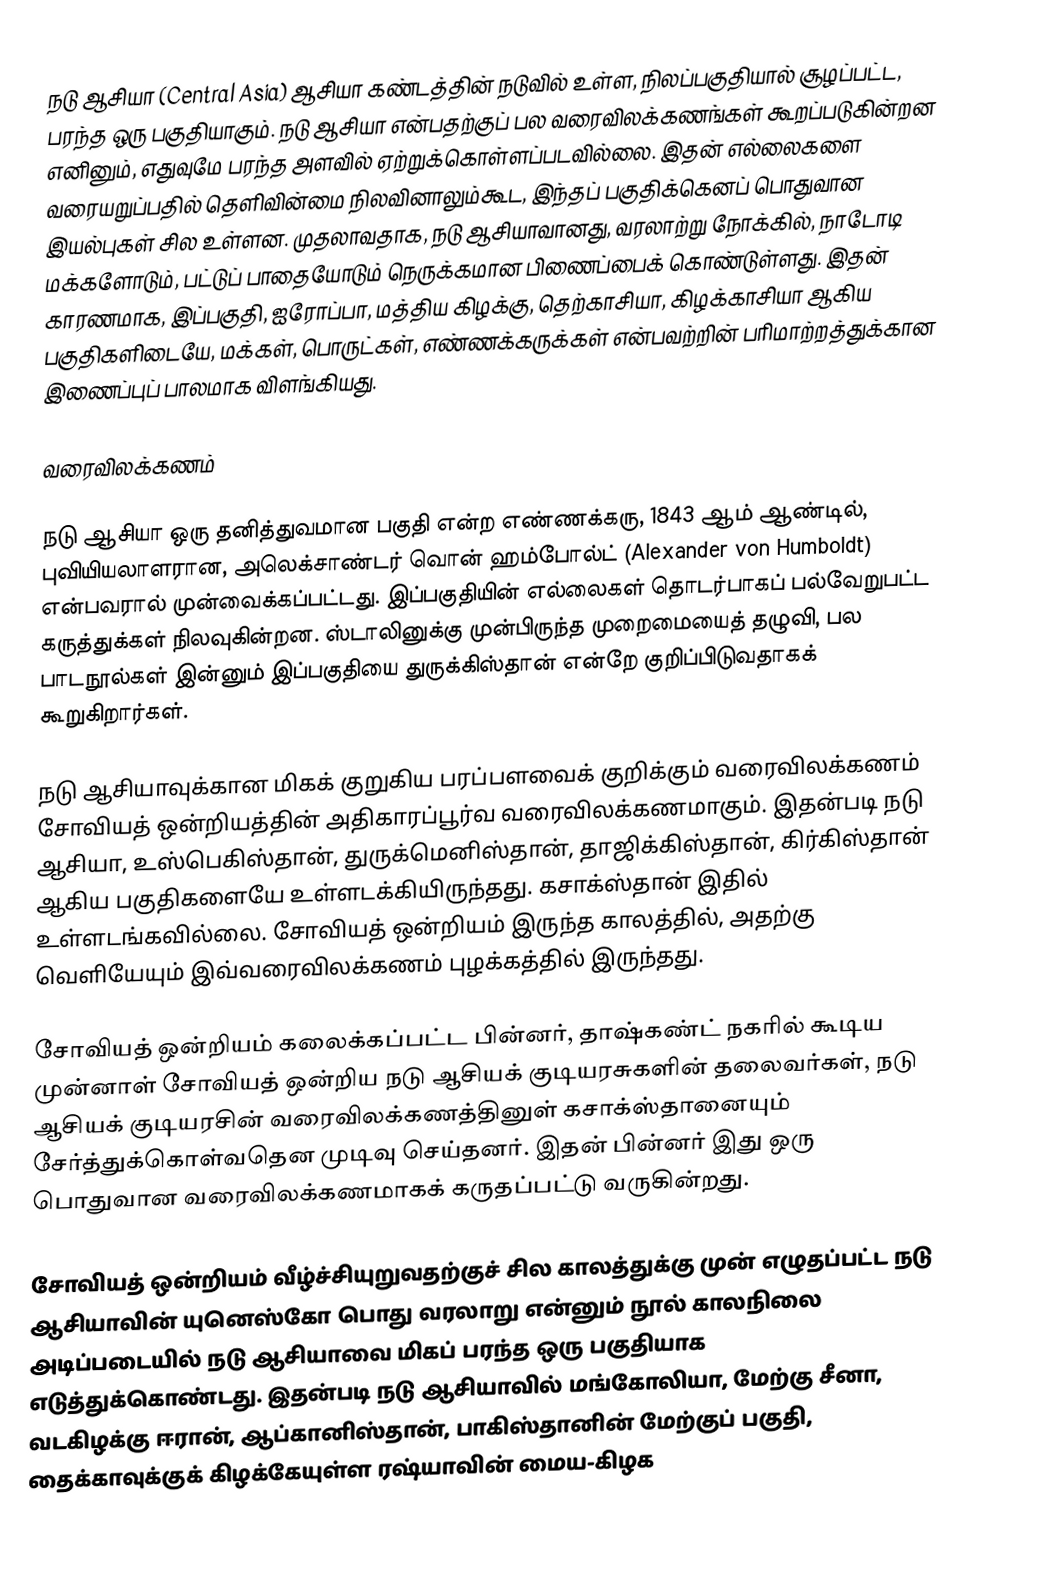
நடு ஆசியா (Central Asia) ஆசியா கண்டத்தின் நடுவில் உள்ள, நிலப்பகுதியால் சூழப்பட்ட, பரந்த ஒரு பகுதியாகும். நடு ஆசியா என்பதற்குப் பல வரைவிலக்கணங்கள் கூறப்படுகின்றன எனினும், எதுவுமே பரந்த அளவில் ஏற்றுக்கொள்ளப்படவில்லை. இதன் எல்லைகளை வரையறுப்பதில் தெளிவின்மை நிலவினாலும்கூட, இந்தப் பகுதிக்கெனப் பொதுவான இயல்புகள் சில உள்ளன. முதலாவதாக, நடு ஆசியாவானது, வரலாற்று நோக்கில், நாடோடி மக்களோடும், பட்டுப் பாதையோடும் நெருக்கமான பிணைப்பைக் கொண்டுள்ளது. இதன் காரணமாக, இப்பகுதி, ஐரோப்பா, மத்திய கிழக்கு, தெற்காசியா, கிழக்காசியா ஆகிய பகுதிகளிடையே, மக்கள், பொருட்கள், எண்ணக்கருக்கள் என்பவற்றின் பரிமாற்றத்துக்கான இணைப்புப் பாலமாக விளங்கியது.

வரைவிலக்கணம்

நடு ஆசியா ஒரு தனித்துவமான பகுதி என்ற எண்ணக்கரு, 1843 ஆம் ஆண்டில், புவியியலாளரான, அலெக்சாண்டர் வொன் ஹம்போல்ட் (Alexander von Humboldt) என்பவரால் முன்வைக்கப்பட்டது. இப்பகுதியின் எல்லைகள் தொடர்பாகப் பல்வேறுபட்ட கருத்துக்கள் நிலவுகின்றன. ஸ்டாலினுக்கு முன்பிருந்த முறைமையைத் தழுவி, பல பாடநூல்கள் இன்னும் இப்பகுதியை துருக்கிஸ்தான் என்றே குறிப்பிடுவதாகக் கூறுகிறார்கள்.

நடு ஆசியாவுக்கான மிகக் குறுகிய பரப்பளவைக் குறிக்கும் வரைவிலக்கணம் சோவியத் ஒன்றியத்தின் அதிகாரப்பூர்வ வரைவிலக்கணமாகும். இதன்படி நடு ஆசியா, உஸ்பெகிஸ்தான், துருக்மெனிஸ்தான், தாஜிக்கிஸ்தான், கிர்கிஸ்தான் ஆகிய பகுதிகளையே உள்ளடக்கியிருந்தது. கசாக்ஸ்தான் இதில் உள்ளடங்கவில்லை. சோவியத் ஒன்றியம் இருந்த காலத்தில், அதற்கு வெளியேயும் இவ்வரைவிலக்கணம் புழக்கத்தில் இருந்தது.

சோவியத் ஒன்றியம் கலைக்கப்பட்ட பின்னர், தாஷ்கண்ட் நகரில் கூடிய முன்னாள் சோவியத் ஒன்றிய நடு ஆசியக் குடியரசுகளின் தலைவர்கள், நடு ஆசியக் குடியரசின் வரைவிலக்கணத்தினுள் கசாக்ஸ்தானையும் சேர்த்துக்கொள்வதென முடிவு செய்தனர். இதன் பின்னர் இது ஒரு பொதுவான வரைவிலக்கணமாகக் கருதப்பட்டு வருகின்றது.

சோவியத் ஒன்றியம் வீழ்ச்சியுறுவதற்குச் சில காலத்துக்கு முன் எழுதப்பட்ட நடு ஆசியாவின் யுனெஸ்கோ பொது வரலாறு என்னும் நூல் காலநிலை அடிப்படையில் நடு ஆசியாவை மிகப் பரந்த ஒரு பகுதியாக எடுத்துக்கொண்டது. இதன்படி நடு ஆசியாவில் மங்கோலியா, மேற்கு சீனா, வடகிழக்கு ஈரான், ஆப்கானிஸ்தான், பாகிஸ்தானின் மேற்குப் பகுதி, தைக்காவுக்குக் கிழக்கேயுள்ள ரஷ்யாவின் மைய-கிழக